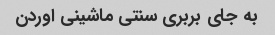
به جای بربری سنتی ماشینی اوردن